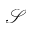
\mathcal { S }